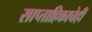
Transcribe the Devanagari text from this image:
साप्ताहिकाचेही